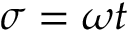
\sigma = \omega t